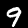
Label: 9